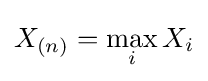
X_{(n)}=\max _{i}X_{i}